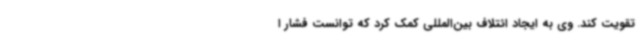
تقویت کند. وی به ایجاد ائتلاف بین‌المللی کمک کرد که توانست فشار ا